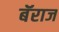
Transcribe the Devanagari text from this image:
बॅराज